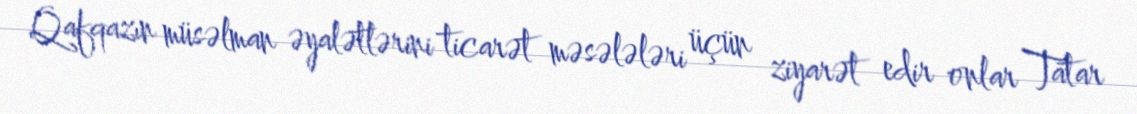
Qafqazın müsəlman əyalətlərini ticarət məsələləri üçün ziyarət edir onlar Tatar